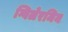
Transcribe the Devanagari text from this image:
ग्विलेरमिन